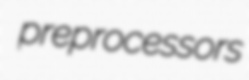
preprocessors